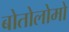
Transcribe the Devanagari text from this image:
बोतोलोमो